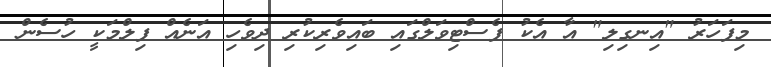
މިފަހަރު "އިނގިލި" އާ އެކު ފެސްޓިވަލްގައި ބައިވެރިކުރި ދިވެހި އަނެއް ފިލްމަކީ ހުސެން